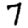
Digit: 7